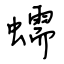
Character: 蠕